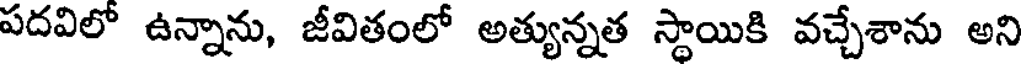
పదవిలో ఉన్నాను, జీవితంలో అత్యున్నత స్థాయికి వచ్చేశాను అని